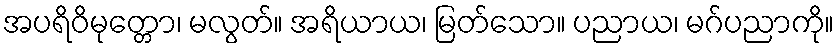
အပရိဝိမုတ္တော၊ မလွတ်။ အရိယာယ၊ မြတ်သော။ ပညာယ၊ မဂ်ပညာကို။